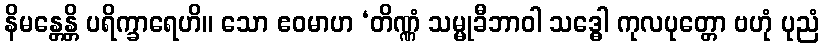
နိမန္တေန္တိ ပရိက္ခာရေဟိ။ သော ဧဝမာဟ ‘တိဏ္ဏံ သမ္မုခီဘာဝါ သဒ္ဓေါ ကုလပုတ္တော ဗဟုံ ပုညံ